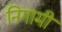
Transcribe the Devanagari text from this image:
निगामी